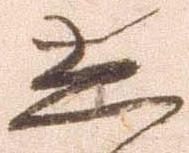
し